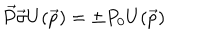
\vec { P } \vec { \sigma } U ( \vec { p } ) = \pm P _ { 0 } U ( \vec { p } )